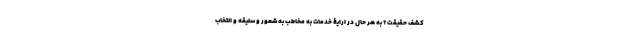
کشف حقیقت؟ به هر حال در ارایۀ خدمات به مخاطب به شعور و سلیقه و انتخاب